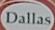
dallas